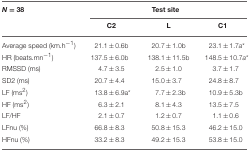
| N = 38 | <COLSPAN=3> Test site |
 |  | C2 | L | C1 |
 | --- | --- | --- | --- |
 | Average speed (km.h−1) | 21.1 ± 0.6b | 20.7 ± 1.0b | 23.1 ± 1.7a* |
 | HR (beats.mn−1) | 137.5 ± 6.0b | 138.1 ± 11.5b | 148.5 ± 10.7a* |
 | RMSSD (ms) | 4.7 ± 3.5 | 2.5 ± 1.0 | 3.7 ± 1.7 |
 | SD2 (ms) | 20.7 ± 4.4 | 15.0 ± 3.7 | 24.8 ± 8.7 |
 | LF (ms2) | 13.8 ± 6.9a* | 7.7 ± 2.3b | 10.9 ± 5.3b |
 | HF (ms2) | 6.3 ± 2.1 | 8.1 ± 4.3 | 13.5 ± 7.5 |
 | LF/HF | 2.1 ± 0.7 | 1.2 ± 0.7 | 1.1 ± 0.6 |
 | LFnu (%) | 66.8 ± 8.3 | 50.8 ± 15.3 | 46.2 ± 15.0 |
 | HFnu (%) | 33.2 ± 8.3 | 49.2 ± 15.3 | 53.8 ± 15.0 |